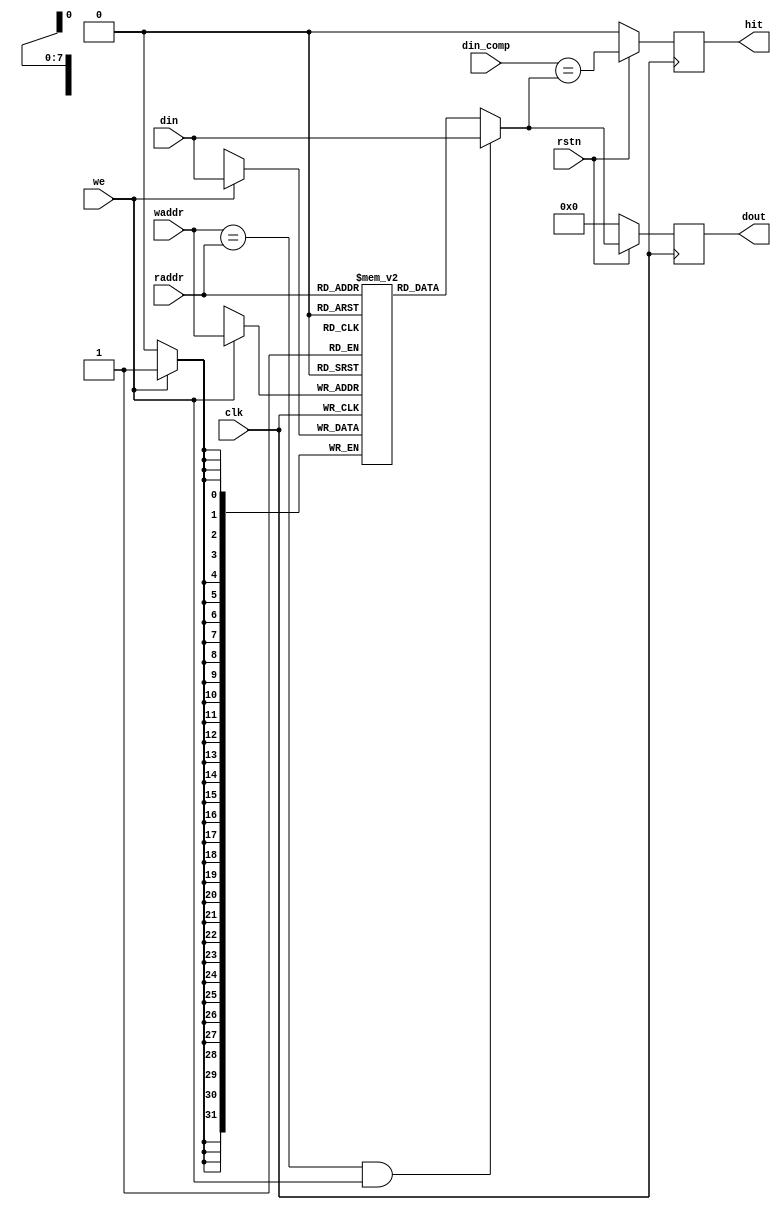
`timescale 1ns / 1ps
//////////////////////////////////////////////////////////////////////////////////
// Company: 
// Engineer: 
// 
// Design Name: 
// Module Name: bram
// Project Name: 
// Target Devices: 
// Tool Versions: 
// Description: 
// 
// Dependencies: 
// 
// Revision:
// Revision 0.01 - File Created
// Additional Comments:
// 
//////////////////////////////////////////////////////////////////////////////////

// 0 warning
module lutram #(
    parameter DATA_WIDTH = 32,
            //   INIT_FILE = "C:\Users\lenovo\Desktop\data_init.coe"
              ADDR_WIDTH = 8
            //   INIT_FILE = "C:\Users\lenovo\Desktop\data_init.coe"
)
(
    input clk,rstn,                    // Clock
    input [ADDR_WIDTH-1:0] raddr,  // Read Address
    input [ADDR_WIDTH-1:0] waddr,
    input [DATA_WIDTH-1:0] din,   // Data Input
    input we,                     // Write Enable
    output [DATA_WIDTH-1:0] dout,
    input  [DATA_WIDTH-1:0] din_comp,
    output reg hit
); 
    reg [DATA_WIDTH-1:0] dout_r;
    reg [DATA_WIDTH-1:0] ram [0:(1 << ADDR_WIDTH)-1];

    integer i;
    initial begin
        for (i = 0; i < (1 << ADDR_WIDTH); i = i + 1) begin
            ram[i] = 0;
        end
    end

    assign dout = dout_r;

    always @(posedge clk) begin
        if (we) ram[waddr] <= din;
        if(!rstn)begin
            hit <= 0;
            dout_r <= 0;
        end
        else begin
            hit <=  din_comp == ((waddr == raddr && we) ? din : ram[raddr]);
            dout_r <= (waddr == raddr && we) ? din : ram[raddr];
        end
    end

endmodule